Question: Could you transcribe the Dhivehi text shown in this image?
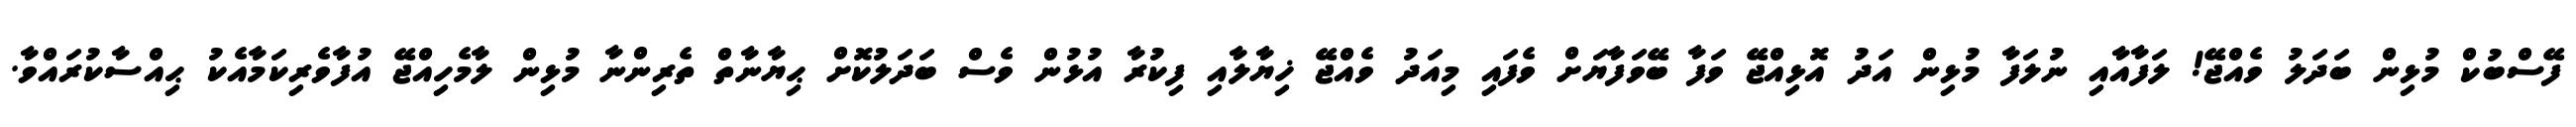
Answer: ފޭސްބުކް މުޅިން ބަދަލު ވެއްޖޭ! ލަފާއާއި ނުލަފާ މުޅިން އަދު އޮޅިއްޖޭ ވަފާ ބޭވަފާޔަށް ވެފައި މިއަދު ވެއްޖޭ ޚިޔާލާއި ފިކުރާ އުޅުން ވެސް ބަދަލުކޮށް ޙިޔާނާތް ތެރިންނާ މުޅިން ލާމެހިއްޖޭ އުފާވެރިކަމާއެކު ޙިއްސާކުރައްވާ.